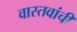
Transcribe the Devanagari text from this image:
वास्तवांची